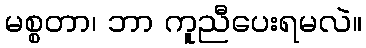
မစ္စတာ၊ ဘာ ကူညီပေးရမလဲ။